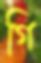
গি